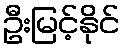
ဦးမြင့်နိုင်